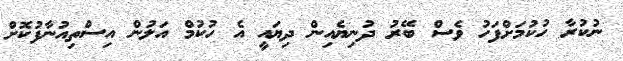
ނުކުރާ ހުކުމަށްފަހު ވެސް ބޭރު ދުނިޔެއިން ދިޔައީ އެ ހުކުމް އަލުން އިސްތިއުނާފުކޮށް